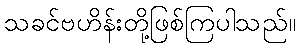
သခင်ဗဟိန်းတို့ဖြစ်ကြပါသည်။